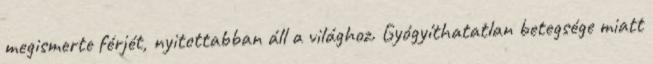
meg­is­merte fér­jét, nyi­tot­tab­ban áll a vi­lág­hoz. Gyógyíthatatlan betegsége miatt